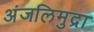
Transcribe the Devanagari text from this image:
अंजलिमुद्रा